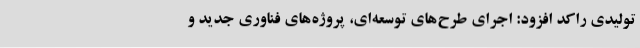
تولیدی راکد افزود: اجرای طرح‌های توسعه‌ای، پروژه‌های فناوری جدید و